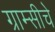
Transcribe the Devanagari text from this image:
ग्राम्सीचे